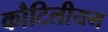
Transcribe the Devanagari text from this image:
कौटिलीयम